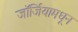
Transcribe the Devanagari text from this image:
जॉर्जियामधून